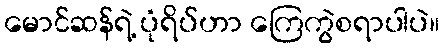
မောင်ဆန်ရဲ့ ပုံရိပ်ဟာ ကြေကွဲစရာပါပဲ။